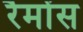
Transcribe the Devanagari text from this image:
रैमोंस